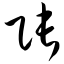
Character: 张